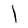
Character: l